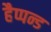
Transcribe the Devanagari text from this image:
हैप्पन्ड